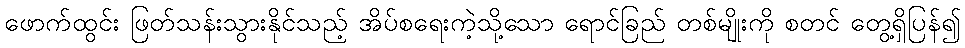
ဖောက်ထွင်း ဖြတ်သန်းသွားနိုင်သည့် အိပ်စရေးကဲ့သို့သော ရောင်ခြည် တစ်မျိုးကို စတင် တွေ့ရှိပြန်၍